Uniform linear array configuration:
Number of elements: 8
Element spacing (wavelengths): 0.25
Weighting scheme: kaiser
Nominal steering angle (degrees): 45
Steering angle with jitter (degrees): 45.932
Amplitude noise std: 0.05
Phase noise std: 0.05

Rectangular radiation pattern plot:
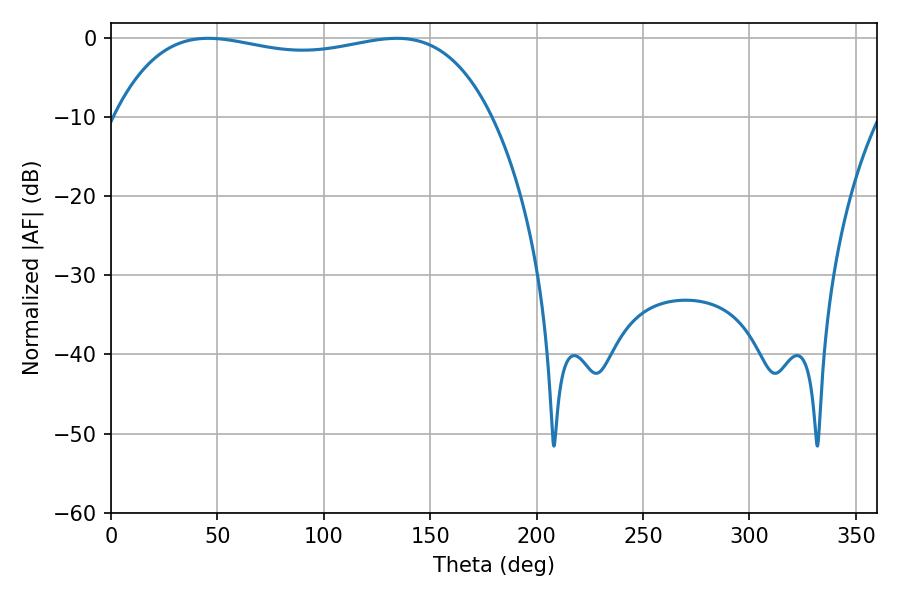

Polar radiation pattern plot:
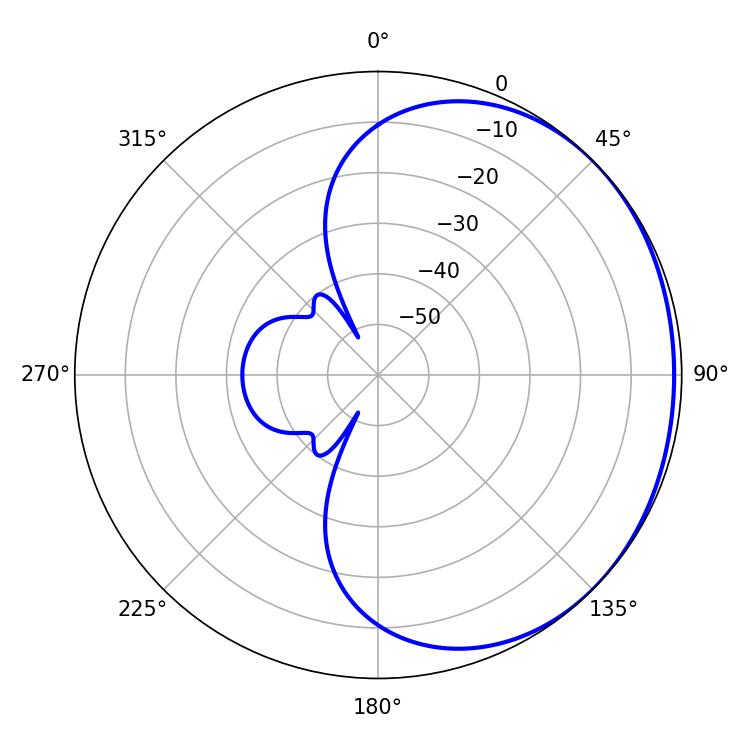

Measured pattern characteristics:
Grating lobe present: FALSE
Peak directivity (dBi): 0.9093
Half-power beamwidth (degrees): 142.92
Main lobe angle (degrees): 45.72